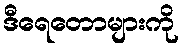
ဒီရေတောများကို